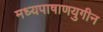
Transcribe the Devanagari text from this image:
मध्यपाषाणयुगीन